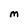
Character: M